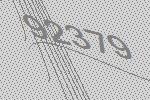
92379